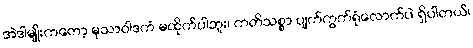
အဲဒါမျိုးကတော့ မုသာဝါဒကံ မထိုက်ပါဘူး၊ ကတိသစ္စာ ပျက်ကွက်ရုံလောက်ပဲ ရှိပါတယ်၊